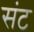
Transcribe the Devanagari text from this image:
संट